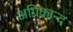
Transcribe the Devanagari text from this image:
अग्निकान्द